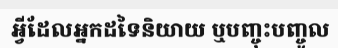
អ្វីដែលអ្នកដទៃនិយាយ ឬបញ្ចុះបញ្ចូល